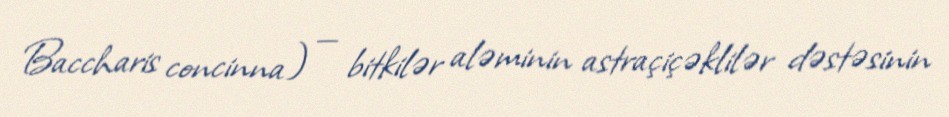
Baccharis concinna) — bitkilər aləminin astraçiçəklilər dəstəsinin